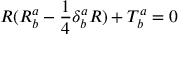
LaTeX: R ( R _ { b } ^ { a } - \frac { 1 } { 4 } \delta _ { b } ^ { a } R ) + T _ { b } ^ { a } = 0